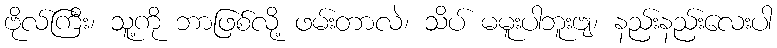
ဗိုလ်ကြီး၊ သူ့ကို ဘာဖြစ်လို့ ဖမ်းတာလဲ၊ သိပ် မမူးပါဘူးဗျ၊ နည်းနည်းလေးပါ